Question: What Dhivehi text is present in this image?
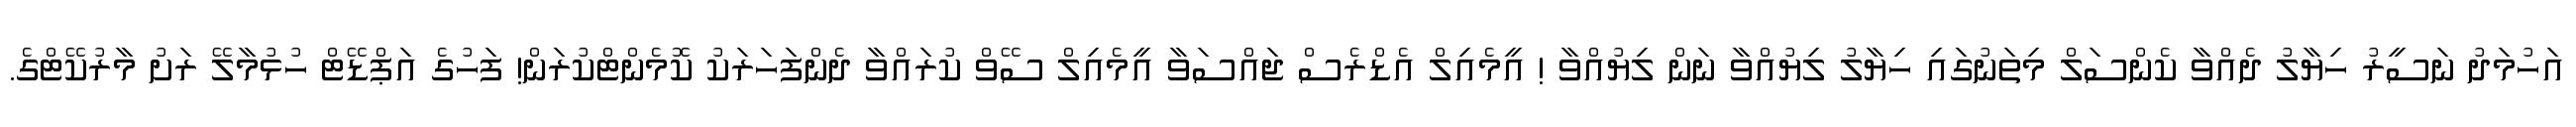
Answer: އަހުމަދު ނަސީރު ހިޔާލު ދެއްވާ ކެންސަލް މިތަނުގައި ހިޔާލު ލިޔުއްވާ ނަން ލިޔުއްވާ ! އީމެއިލް އެޑްރެސް ޖައްސަވާ އީމެއިލް ސޭވް ކުރައްވާ ދެންފަހަރަކު ކޮމެންޓްކުރަން! ފަހުގެ އަޕްޑޭޓް ހުޅުމާލޭ ރަށު މާރުކޭޓްގެ.